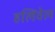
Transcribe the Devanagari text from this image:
हलिवेल